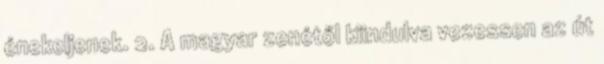
énekeljenek. 2. A magyar zenétől kiindulva vezessen az út